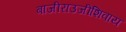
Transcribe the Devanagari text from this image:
बाजीराउजीशिवाय